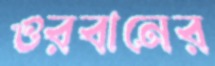
ওরবানের